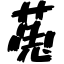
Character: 菟